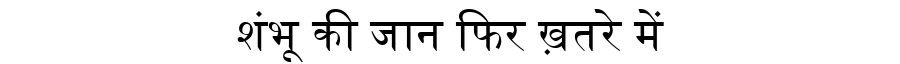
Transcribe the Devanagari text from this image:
शंभू की जान फिर ख़तरे में